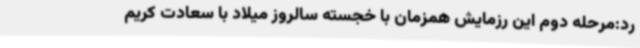
رد:مرحله دوم این رزمایش همزمان با خجسته سالروز میلاد با سعادت کریم